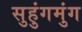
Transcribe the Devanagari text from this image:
सुहुंगमुंग